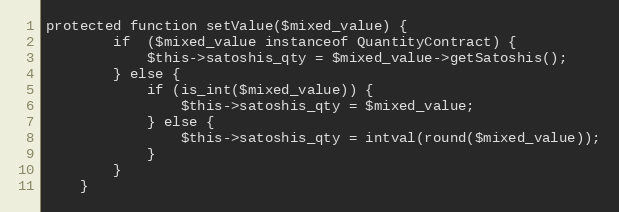
Language: PHP
protected function setValue($mixed_value) {
        if  ($mixed_value instanceof QuantityContract) {
            $this->satoshis_qty = $mixed_value->getSatoshis();
        } else {
            if (is_int($mixed_value)) {
                $this->satoshis_qty = $mixed_value;
            } else {
                $this->satoshis_qty = intval(round($mixed_value));
            }
        }
    }